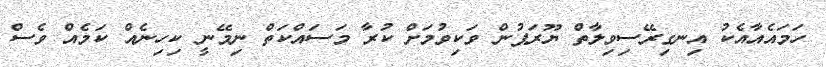
ހަމައެއާއެކު އިނގިރޭސިވިލާތް ޔޫރަޕުން ވަކިވުމަށް ކުރާ މަސައްކަތް ނިމޭނީ ކިހިނެއް ކަމެއް ވެސް